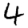
Digit: 4